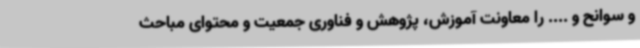
و سوانح و .... را معاونت آموزش، پژوهش و فناوری جمعیت و محتوای مباحث